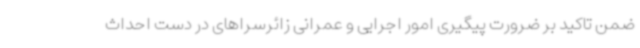
ضمن تاکید بر ضرورت پیگیری امور اجرایی و عمرانی زائرسراهای در دست احداث